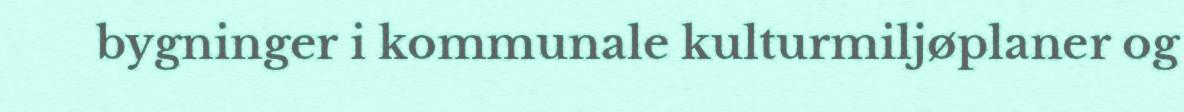
bygninger i kommunale kulturmiljøplaner og